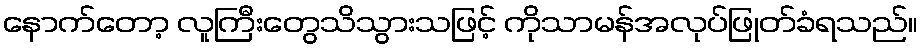
နောက်တော့ လူကြီးတွေသိသွားသဖြင့် ကိုသာမန်အလုပ်ဖြုတ်ခံရသည်။